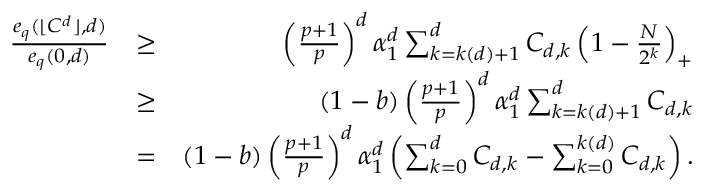
\begin{array} { r l r } { \frac { e _ { q } ( \lfloor C ^ { d } \rfloor , d ) } { e _ { q } ( 0 , d ) } } & { \ge } & { \left( \frac { p + 1 } { p } \right) ^ { d } \alpha _ { 1 } ^ { d } \sum _ { k = k ( d ) + 1 } ^ { d } C _ { d , k } \left( 1 - \frac { N } { 2 ^ { k } } \right) _ { + } } \\ & { \ge } & { ( 1 - b ) \left( \frac { p + 1 } { p } \right) ^ { d } \alpha _ { 1 } ^ { d } \sum _ { k = k ( d ) + 1 } ^ { d } C _ { d , k } } \\ & { = } & { ( 1 - b ) \left( \frac { p + 1 } { p } \right) ^ { d } \alpha _ { 1 } ^ { d } \left( \sum _ { k = 0 } ^ { d } C _ { d , k } - \sum _ { k = 0 } ^ { k ( d ) } C _ { d , k } \right) . } \end{array}